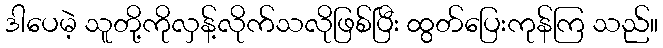
ဒါပေမဲ့ သူတို့ကိုလှန့်လိုက်သလိုဖြစ်ပြီး ထွတ်ပြေးကုန်ကြ သည်။